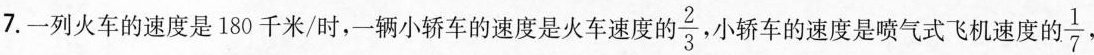
7.一列火车的速度是180千米/时，一辆小轿车的速度是火车速度的 \frac{2}{3} ，小轿车的速度是喷气式飞机速度的 \frac{1}{7} ，